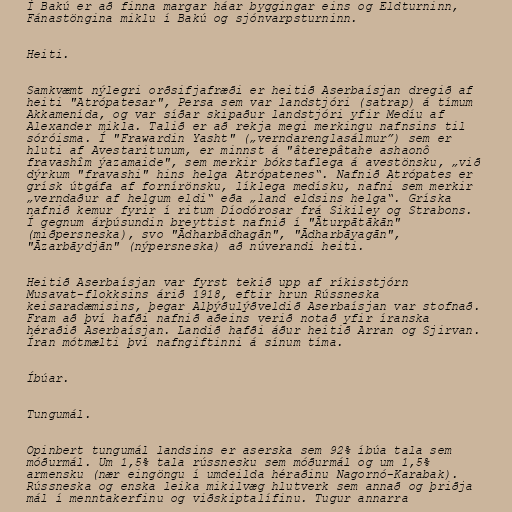
Í Bakú er að finna margar háar byggingar eins og Eldturninn,
Fánastöngina miklu í Bakú og sjónvarpsturninn.

Heiti.

Samkvæmt nýlegri orðsifjafræði er heitið Aserbaísjan dregið af
heiti "Atrópatesar", Persa sem var landstjóri (satrap) á tímum
Akkamenída, og var síðar skipaður landstjóri yfir Medíu af
Alexander mikla. Talið er að rekja megi merkingu nafnsins til
sóróisma. Í "Frawardin Yasht" („verndarenglasálmur”) sem er
hluti af Avestaritunum, er minnst á "âterepâtahe ashaonô
fravashîm ýazamaide", sem merkir bókstaflega á avestönsku, „við
dýrkum "fravashi" hins helga Atrópatenes“. Nafnið Atrópates er
grísk útgáfa af fornírönsku, líklega medísku, nafni sem merkir
„verndaður af helgum eldi“ eða „land eldsins helga“. Gríska
nafnið kemur fyrir í ritum Díodórosar frá Sikiley og Strabons.
Í gegnum árþúsundin breyttist nafnið í "Āturpātākān"
(miðpersneska), svo "Ādharbādhagān", "Ādharbāyagān",
"Āzarbāydjān" (nýpersneska) að núverandi heiti.

Heitið Aserbaísjan var fyrst tekið upp af ríkisstjórn
Musavat-flokksins árið 1918, eftir hrun Rússneska
keisaradæmisins, þegar Alþýðulýðveldið Aserbaísjan var stofnað.
Fram að því hafði nafnið aðeins verið notað yfir íranska
héraðið Aserbaísjan. Landið hafði áður heitið Arran og Sjirvan.
Íran mótmælti því nafngiftinni á sínum tíma.

Íbúar.

Tungumál.

Opinbert tungumál landsins er aserska sem 92% íbúa tala sem
móðurmál. Um 1,5% tala rússnesku sem móðurmál og um 1,5%
armensku (nær eingöngu í umdeilda héraðinu Nagornó-Karabak).
Rússneska og enska leika mikilvæg hlutverk sem annað og þriðja
mál í menntakerfinu og viðskiptalífinu. Tugur annarra